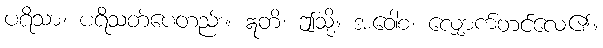
ပရိသာ၊ ပရိသတ်ပေတည်း။ ဣတိ၊ ဤသို့။ အဝေါစ၊ လျှောက်တင်လေ၏။